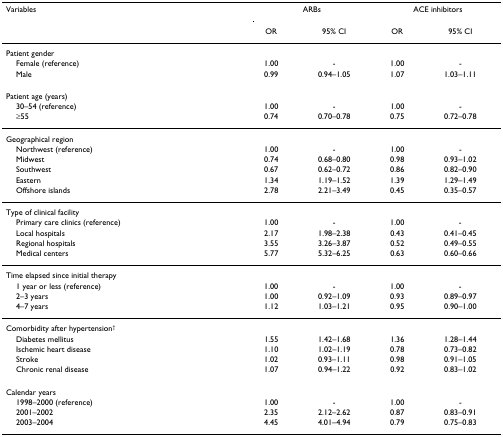
<table><thead><tr><td><b>Variables</b></td><td colspan="2"><b>ARBs</b></td><td colspan="2"><b>ACE inhibitors</b></td></tr><tr><td>[EMPTY_CELL]</td><td><b>OR</b></td><td><b>95% CI</b></td><td><b>OR</b></td><td><b>95% CI</b></td></tr></thead><tbody><tr><td>Patient gender</td><td>[EMPTY_CELL]</td><td>[EMPTY_CELL]</td><td>[EMPTY_CELL]</td><td>[EMPTY_CELL]</td></tr><tr><td> Female (reference)</td><td>1.00</td><td>-</td><td>1.00</td><td>-</td></tr><tr><td> Male</td><td>0.99</td><td>0.94–1.05</td><td>1.07</td><td>1.03–1.11</td></tr><tr><td>Patient age (years)</td><td>[EMPTY_CELL]</td><td>[EMPTY_CELL]</td><td>[EMPTY_CELL]</td><td>[EMPTY_CELL]</td></tr><tr><td> 30–54 (reference)</td><td>1.00</td><td>-</td><td>1.00</td><td>-</td></tr><tr><td> ≥55</td><td>0.74</td><td>0.70–0.78</td><td>0.75</td><td>0.72–0.78</td></tr><tr><td>Geographical region</td><td>[EMPTY_CELL]</td><td>[EMPTY_CELL]</td><td>[EMPTY_CELL]</td><td>[EMPTY_CELL]</td></tr><tr><td> Northwest (reference)</td><td>1.00</td><td>-</td><td>1.00</td><td>-</td></tr><tr><td> Midwest</td><td>0.74</td><td>0.68–0.80</td><td>0.98</td><td>0.93–1.02</td></tr><tr><td> Southwest</td><td>0.67</td><td>0.62–0.72</td><td>0.86</td><td>0.82–0.90</td></tr><tr><td> Eastern</td><td>1.34</td><td>1.19–1.52</td><td>1.39</td><td>1.29–1.49</td></tr><tr><td> Offshore islands</td><td>2.78</td><td>2.21–3.49</td><td>0.45</td><td>0.35–0.57</td></tr><tr><td>Type of clinical facility</td><td>[EMPTY_CELL]</td><td>[EMPTY_CELL]</td><td>[EMPTY_CELL]</td><td>[EMPTY_CELL]</td></tr><tr><td> Primary care clinics (reference)</td><td>1.00</td><td>-</td><td>1.00</td><td>-</td></tr><tr><td> Local hospitals</td><td>2.17</td><td>1.98–2.38</td><td>0.43</td><td>0.41–0.45</td></tr><tr><td> Regional hospitals</td><td>3.55</td><td>3.26–3.87</td><td>0.52</td><td>0.49–0.55</td></tr><tr><td> Medical centers</td><td>5.77</td><td>5.32–6.25</td><td>0.63</td><td>0.60–0.66</td></tr><tr><td>Time elapsed since initial therapy</td><td>[EMPTY_CELL]</td><td>[EMPTY_CELL]</td><td>[EMPTY_CELL]</td><td>[EMPTY_CELL]</td></tr><tr><td> 1 year or less (reference)</td><td>1.00</td><td>-</td><td>1.00</td><td>-</td></tr><tr><td> 2–3 years</td><td>1.00</td><td>0.92–1.09</td><td>0.93</td><td>0.89–0.97</td></tr><tr><td> 4–7 years</td><td>1.12</td><td>1.03–1.21</td><td>0.95</td><td>0.90–1.00</td></tr><tr><td>Comorbidity after hypertension<sup>†</sup></td><td>[EMPTY_CELL]</td><td>[EMPTY_CELL]</td><td>[EMPTY_CELL]</td><td>[EMPTY_CELL]</td></tr><tr><td> Diabetes mellitus</td><td>1.55</td><td>1.42–1.68</td><td>1.36</td><td>1.28–1.44</td></tr><tr><td> Ischemic heart disease</td><td>1.10</td><td>1.02–1.19</td><td>0.78</td><td>0.73–0.82</td></tr><tr><td> Stroke</td><td>1.02</td><td>0.93–1.11</td><td>0.98</td><td>0.91–1.05</td></tr><tr><td> Chronic renal disease</td><td>1.07</td><td>0.94–1.22</td><td>0.92</td><td>0.83–1.02</td></tr><tr><td>Calendar years</td><td>[EMPTY_CELL]</td><td>[EMPTY_CELL]</td><td>[EMPTY_CELL]</td><td>[EMPTY_CELL]</td></tr><tr><td> 1998–2000 (reference)</td><td>1.00</td><td>-</td><td>1.00</td><td>-</td></tr><tr><td> 2001–2002</td><td>2.35</td><td>2.12–2.62</td><td>0.87</td><td>0.83–0.91</td></tr><tr><td> 2003–2004</td><td>4.45</td><td>4.01–4.94</td><td>0.79</td><td>0.75–0.83</td></tr></tbody></table>